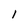
Character: l